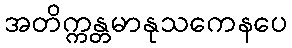
အတိက္ကန္တမာနုသကေနပေ